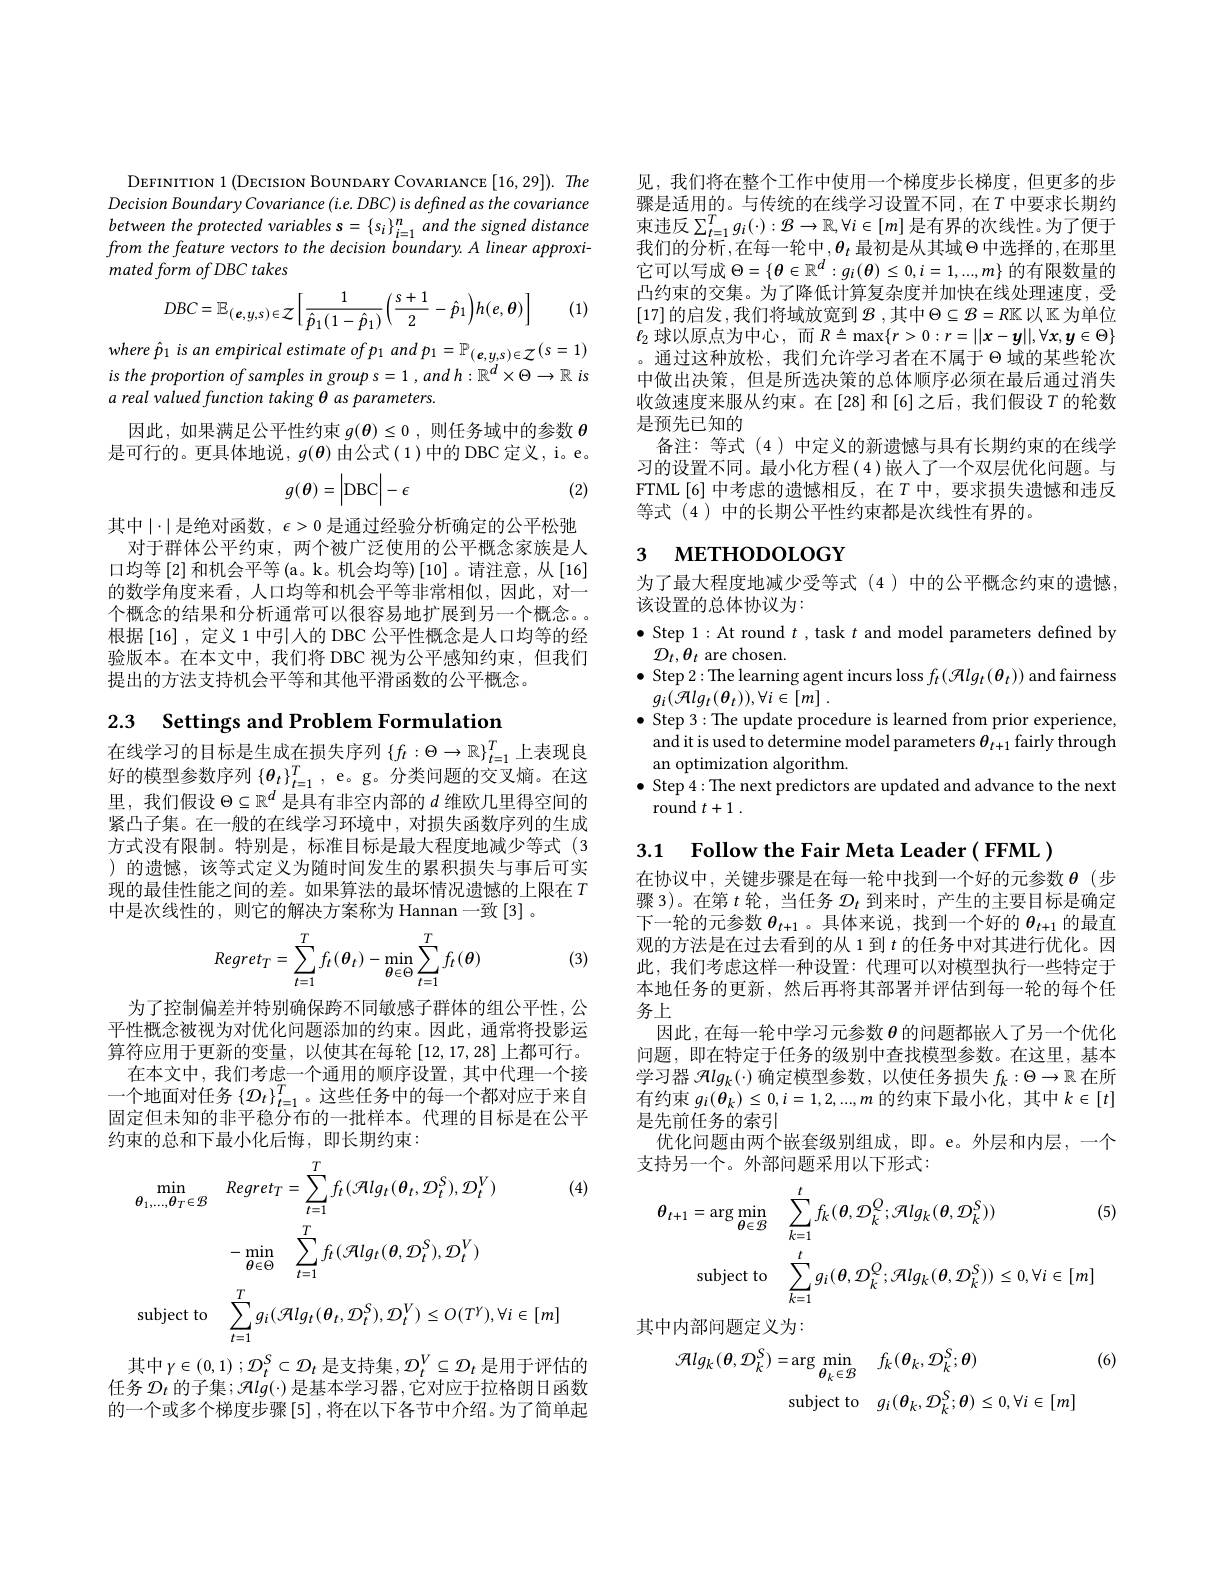
DEFINITION 1 (DECISION BOUNDARY COVARIANCE [16,29]). The Decision Boundary Covariance (i.e. DBC) is defined as the covariance from the feature vectors to the decision boundary. A linear approxi- $mated\textit{form of DBC takes}$

(1)
$$DBC=\mathbb{E}_{(\boldsymbol{e},y,s)\in\mathcal{Z}}\bigg[\frac{1}{\hat{p}_{1}(1-\hat{p}_{1})}\bigg(\frac{s+1}{2}-\hat{p}_{1}\bigg)h(e,\boldsymbol{\theta})\bigg]$$
where p 1 is an empirical estimate of p 1 and p 1 = P (e,y,s) € {Z} (s= 1) is the proportion of samples in group s=1 , and h: R $\mathbb{R}^d\times\Theta\to\mathbb{R}$ is

a real valued function taking θ as parameters.
因此，如果满足公平性约束$g( \boldsymbol{\theta }) \leq 0$ , 则 任 务 域 中 的 参 数 $\boldsymbol{\theta }$ 是可行的。更具体地说，$g(\boldsymbol{\theta})$由公式(1)中的 DBC 定义，i。e。
$$g(\theta)=\left|\mathrm{DBC}\right|-\epsilon $$
(2)

其中$\mid\cdot\mid$是绝对函数$,\epsilon>0$ 是通过经验分析确定的公平松弛
对于群体公平约束，两个被广泛使用的公平概念家族是人口均等 [2] 和机会平等 (a。k。机会均等) [10]。请注意，从 [16] 的数学角度来看，人口均等和机会平等非常相似，因此，对一个概念的结果和分析通常可以很容易地扩展到另一个概念。根据[16],定义 1 中引人的 DBC 公平性概念是人口均等的经验版本。在本文中，我们将 DBC 视为公平感知约束，但我们提出的方法支持机会平等和其他平滑函数的公平概念。

2.3 Settings and Problem Formulation

在线学习的目标是生成在损失序列$\{f_t:\Theta\to\mathbb{R}\}_{t=1}^T$上表现良好的模型参数序列$\{\boldsymbol{\theta}_t\}_{t=1}^T$, e。g。分类问题的交叉熵。在这里，我们假设$\Theta\subseteq\mathbb{R}^d$是具有非空内部的$d$维欧几里得空间的紧凸子集。在一般的在线学习环境中，对损失函数序列的生成方式没有限制。特别是，标准目标是最大程度地减少等式(3 )的遗憾，该等式定义为随时间发生的累积损失与事后可实现的最佳性能之间的差。如果算法的最坏情况遗憾的上限在$T$ 中是次线性的，则它的解决方案称为 Hannan 一致[3]。
$$Regret_T=\sum_{t=1}^Tf_t(\theta_t)-\min_{\theta\in\Theta}\sum_{t=1}^Tf_t(\theta)$$
(3)

为了控制偏差并特别确保跨不同敏感子群体的组公平性，公平性概念被视为对优化问题添加的约束。因此，通常将投影运算符应用于更新的变量，以使其在每轮[12,17,28]上都可行。
在本文中，我们考虑一个通用的顺序设置，其中代理一个接一个地面对任务$\left\{\mathcal{D}_t\right\}_t=1^T$。这些任务中的每一个都对应于来自固定但未知的非平稳分布的一批样本。代理的目标是在公平约束的总和下最小化后悔，即长期约束：

(4)
$$\begin{aligned}\min_{\theta_{1},\ldots,\theta_{T}\in\mathcal{B}}&Regret_{T}=\sum_{t=1}^{T}f_{t}(\mathcal{A}lg_{t}(\theta_{t},\mathcal{D}_{t}^{S}),\mathcal{D}_{t}^{V})\\&-\min_{\theta\in\Theta}\sum_{t=1}^{T}f_{t}(\mathcal{A}lg_{t}(\theta,\mathcal{D}_{t}^{S}),\mathcal{D}_{t}^{V})\\\mathrm{subject~to}&\sum_{t=1}^{T}g_{i}(\mathcal{A}lg_{t}(\boldsymbol{\theta}_{t},\mathcal{D}_{t}^{S}),\mathcal{D}_{t}^{V})\leq O(T^{V}),\forall i\in[m]\end{aligned}$$
其中$\gamma \in ( 0, 1)$ ; $\mathcal{D} _t^S\subset \mathcal{D} _t$ 是支持集$,\mathcal{D}_t^V\subseteq\mathcal{D}_t$ 是用于评估的任务$\mathcal{D}_t$的子集$;\mathcal{Hlg}(\cdot)$是基本学习器$,\dot\text{它对应于拉格朗日函数}$ 的一个或多个梯度步骤[5],将在以下各节中介绍。为了简单起

见，我们将在整个工作中使用一个梯度步长梯度，但更多的步骤是适用的。与传统的在线学习设置不同，在$T$ 中要求长期约束违反$\sum_t=1^Tg_i(\cdot):\mathcal{B}\to\mathbb{R},\forall i\in[m]$是有界的次线性。为了便于我们的分析，在每一轮中$,\boldsymbol{\theta}_t$ 最初是从其域$\Theta$中选择的，在那里它可以写成$\Theta=\{\boldsymbol{\theta}\in\mathbb{R}^d:g_i(\boldsymbol{\theta})\leq0,i=1,...,m\}$的有限数量的凸约束的交集。为了降低计算复杂度并加快在线处理速度，受[17]的启发，我们将域放宽到 $\mathcal{B}$,其中$\Theta\subseteq\mathcal{B}=R\mathbb{K}$以$\mathbb{K}$为单位$\ell_{2}$球以原点为中心，而$R\triangleq\max\{r>0:r=||x-y||,\forall x,y\in\Theta\}$ 。通过这种放松，我们允许学习者在不属于$\Theta$域的某些轮次中做出决策，但是所选决策的总体顺序必须在最后通过消失收敛速度来服从约束。在[28]和[6]之后，我们假设$T$ 的轮数是预先已知的
备注：等式(4)中定义的新遗憾与具有长期约束的在线学习的设置不同。最小化方程(4)嵌人了一个双层优化问题。与FTML[6]中考虑的遗憾相反，在$T$中，要求损失遗憾和违反等式 (4)中的长期公平性约束都是次线性有界的。

## 3 мЕтнороLOGY

为了最大程度地减少受等式 (4)中的公平概念约束的遗憾，
该设置的总体协议为：
$\bullet$ Step 1: At round $t$ , task $t$ and model parameters defined by
$\mathcal{D}_t,\theta_t$ are chosen.
$\bullet$ Step 2:The learning agent incurs loss $f_t(\mathcal{H}lg_t(\boldsymbol{\theta}_t))$ and fairness
$g_{i}( \mathcal{H} lg_{t}( \theta _{t}) ) , \forall i\in [ m]$ .
$\bullet$ Step 3: The update procedure is learned from prior experience, and it is used to determine model parameters $\theta_t+1$ fairly through an optimization algorithm
$\bullet$ Step 4: The next predictors are updated and advance to the next
round $t+ 1$ .

3.1 $\textbf{Follow the Fair Meta Leader( FFML) }$

在协议中，关键步骤是在每一轮中找到一个好的元参数$\theta$(步骤 3)。在第$t$轮，当任务$\mathcal{D}_t$到来时，产生的主要目标是确定下一轮的元参数$\theta_{t+1}$ 。具体来说，找到一个好的$\theta_{t+1}$的最直观的方法是在过去看到的从 1 到$t$的任务中对其进行优化。因此，我们考虑这样一种设置：代理可以对模型执行一些特定于本地任务的更新，然后再将其部署并评估到每一轮的每个任务上
因此，在每一轮中学习元参数$\theta$的问题都嵌人了另一个优化问题，即在特定于任务的级别中查找模型参数。在这里，基本学习器$\mathcal{H}lg_k(\cdot)$确定模型参数，以使任务损失$f_k:\Theta\to\mathbb{R}$在所有约束$g_i(\theta_k)\leq0,i=1,2,...,m$的约束下最小化，其中$k\in[t]$ 是先前任务的索引
优化问题由两个嵌套级别组成，即。e。外层和内层，一个
支持另一个。外部问题采用以下形式：
$$\begin{aligned}\boldsymbol{\theta}_{t+1}&=\arg\min_{\boldsymbol{\theta}\in\mathcal{B}}\quad\sum_{k=1}^{t}f_{k}(\boldsymbol{\theta},\mathcal{D}_{k}^{Q};\mathcal{H}lg_{k}(\boldsymbol{\theta},\mathcal{D}_{k}^{S}))&\text{(5}\\&\mathrm{subject~to}\quad\sum_{k=1}^{t}g_{i}(\boldsymbol{\theta},\mathcal{D}_{k}^{Q};\mathcal{H}lg_{k}(\boldsymbol{\theta},\mathcal{D}_{k}^{S}))\leq0,\forall i\in[m]\end{aligned}$$
其中内部问题定义为：
$$\begin{aligned}\mathcal{R}lg_{k}(\boldsymbol{\theta},\mathcal{D}_{k}^{S})&=\arg\min_{\theta_{k}\in\mathcal{B}}\quad f_{k}(\boldsymbol{\theta}_{k},\mathcal{D}_{k}^{S};\boldsymbol{\theta})\\&\mathrm{subject~to}\quad g_{i}(\boldsymbol{\theta}_{k},\mathcal{D}_{k}^{S};\boldsymbol{\theta})\leq0,\forall i\in[m]\end{aligned}$$
(6)